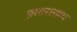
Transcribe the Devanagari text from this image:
प्रस्तरस्तम्भ